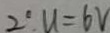
2 \cdot u = 6 v